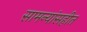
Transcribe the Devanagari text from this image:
सामन्यांसहीत